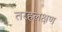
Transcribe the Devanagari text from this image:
तरहलक्षण